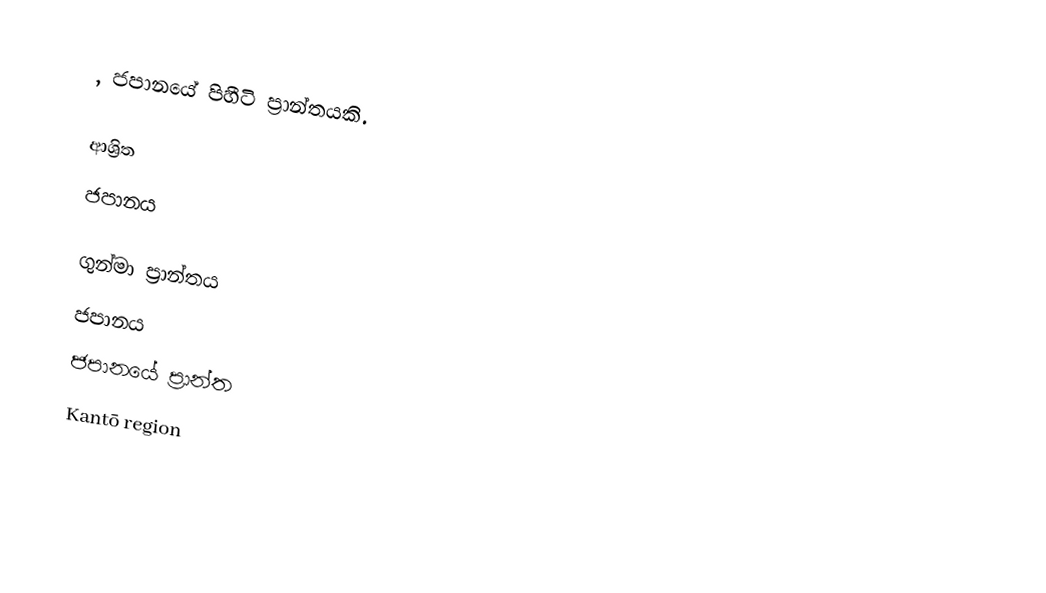
, ජපානයේ පිහීටි ප්‍රාන්තයකි.

ආශ්‍රිත
 ජපානය

ගුන්මා ප්‍රාන්තය
ජපානය
ජපානයේ ප්‍රාන්ත
Kantō region